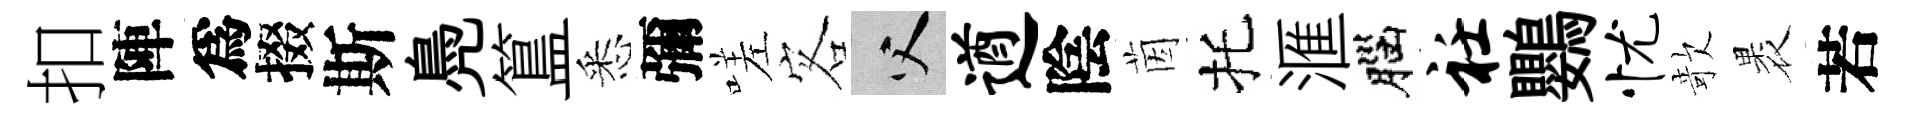
扣陣爲掇斯鳧簋悉彌嗟客父遒陰茵托滙腦衽鸚忧欹褁若